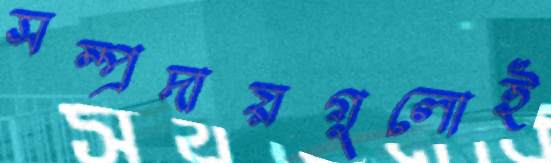
সম্প্রদায়গুলোই